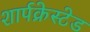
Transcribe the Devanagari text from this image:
शार्पक्रेस्टेड